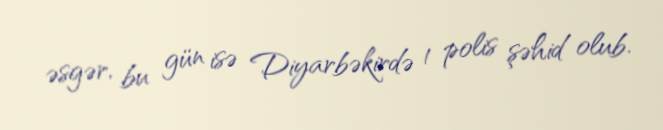
əsgər, bu gün isə Diyarbəkirdə 1 polis şəhid olub.